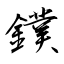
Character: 鏷